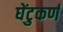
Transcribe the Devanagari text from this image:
घेंटुकर्ण